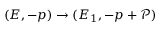
( E , - p ) \to ( E _ { 1 } , - p + \mathscr { P } )